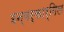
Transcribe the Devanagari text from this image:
इन्वर्कार्गिल